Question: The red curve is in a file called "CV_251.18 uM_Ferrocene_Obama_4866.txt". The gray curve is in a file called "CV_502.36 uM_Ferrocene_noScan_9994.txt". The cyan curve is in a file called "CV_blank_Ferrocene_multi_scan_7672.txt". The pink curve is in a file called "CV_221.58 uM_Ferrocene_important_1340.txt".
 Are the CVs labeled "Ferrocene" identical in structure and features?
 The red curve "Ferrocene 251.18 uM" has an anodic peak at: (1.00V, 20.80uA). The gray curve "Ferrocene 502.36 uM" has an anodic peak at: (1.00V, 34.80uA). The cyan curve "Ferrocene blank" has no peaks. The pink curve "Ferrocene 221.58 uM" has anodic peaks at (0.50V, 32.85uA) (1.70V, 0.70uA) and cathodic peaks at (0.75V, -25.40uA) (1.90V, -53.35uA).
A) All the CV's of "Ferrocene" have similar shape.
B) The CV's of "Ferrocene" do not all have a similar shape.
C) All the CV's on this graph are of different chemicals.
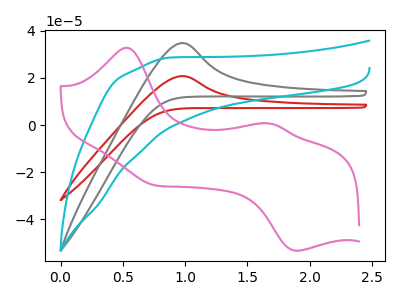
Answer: <think>All the peaks in "Ferrocene 251.18 uM" have a peak in "Ferrocene 502.36 uM" at the same potential. Every peak in "Ferrocene 251.18 uM" is lower than every peak in "Ferrocene 502.36 uM". "Ferrocene 251.18 uM" and "Ferrocene blank" have a different number of peaks. "Ferrocene 251.18 uM" and "Ferrocene 221.58 uM" have a different number of peaks. "Ferrocene 502.36 uM" and "Ferrocene blank" have a different number of peaks. "Ferrocene 502.36 uM" and "Ferrocene 221.58 uM" have a different number of peaks. "Ferrocene blank" and "Ferrocene 221.58 uM" have a different number of peaks.
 </think>
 <answer>A) All the CV's of "Ferrocene" have similar shape.</answer>
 <eval>A</eval>